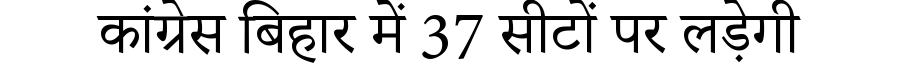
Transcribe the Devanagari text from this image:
कांग्रेस बिहार में 37 सीटों पर लड़ेगी